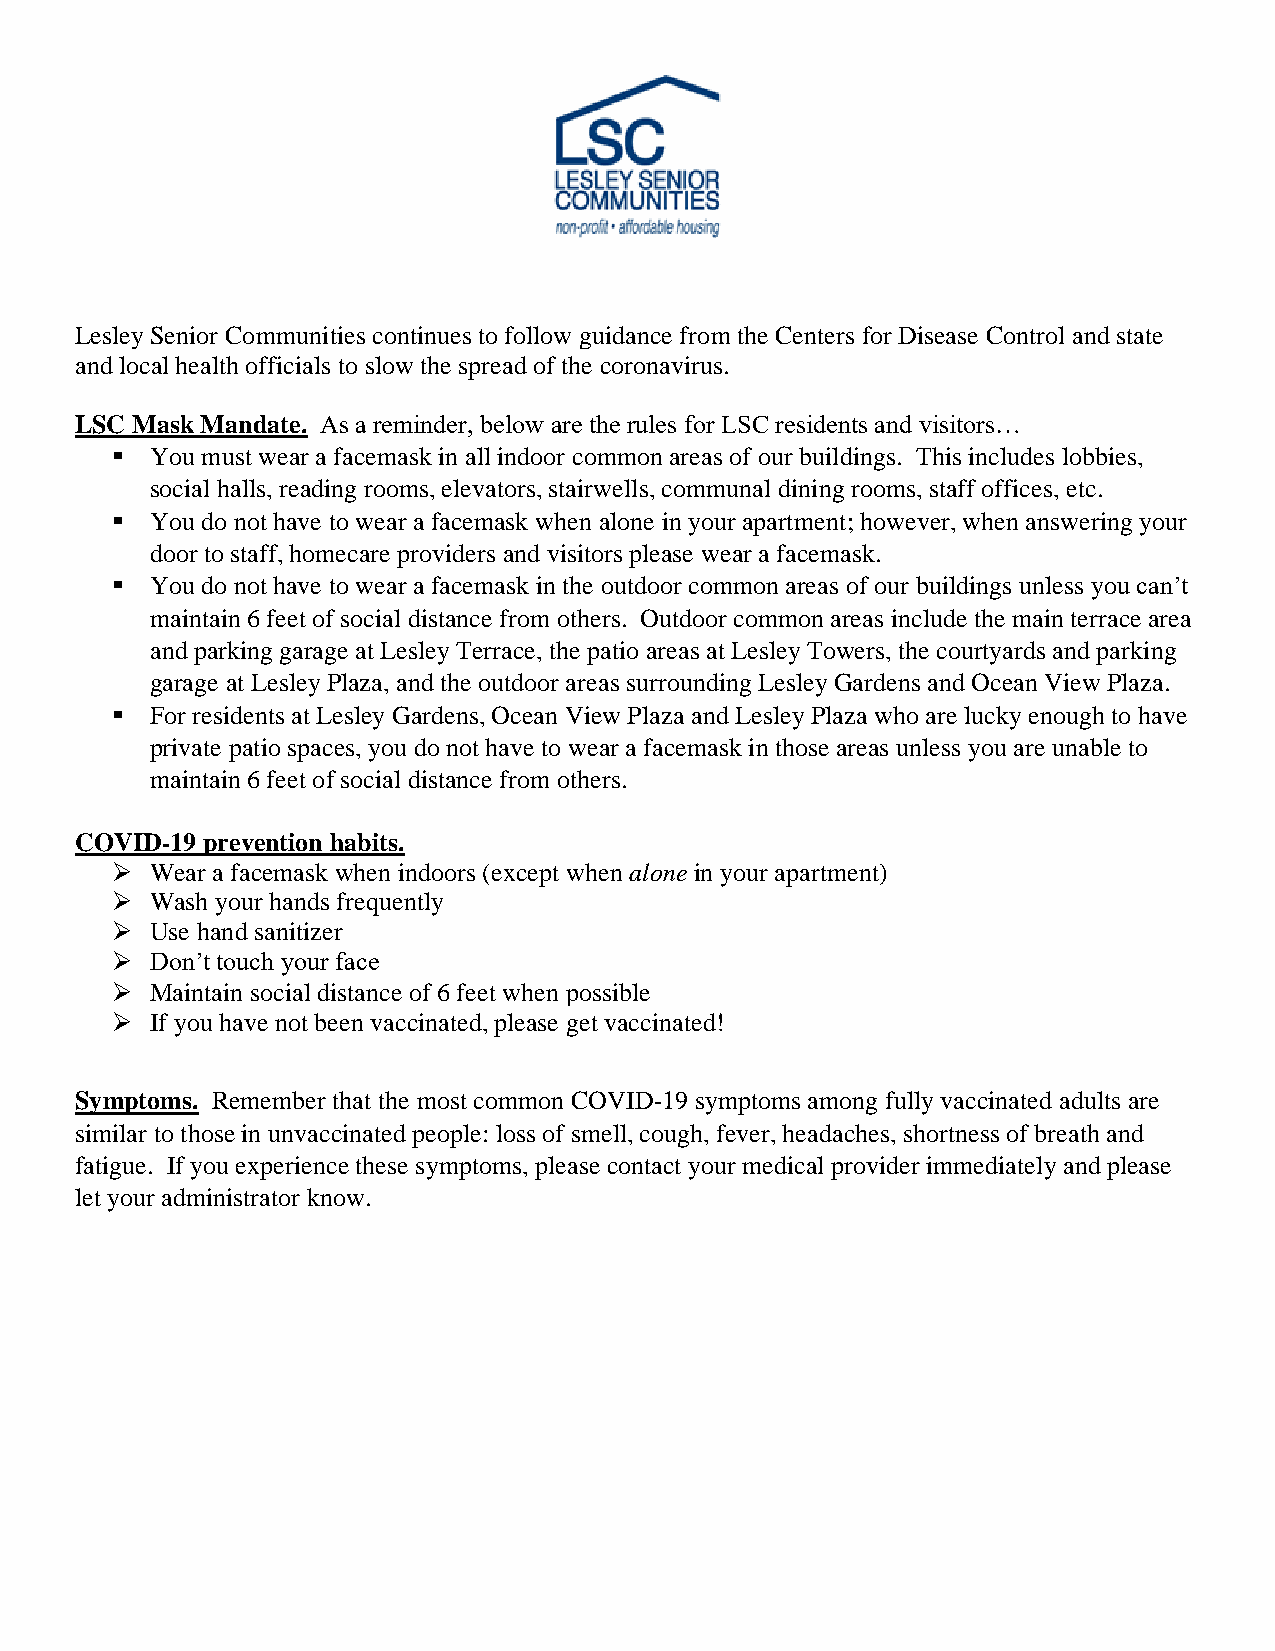
Lesley Senior Communities continues to follow guidance from the Centers for Disease Control and state
 and local health officials to slow the spread of the coronavirus.
 LSC Mask Mandate. As a reminder, below are the rules for LSC residents and visitors…
 ▪  You must wear a facemask in all indoor common areas of our buildings. This includes lobbies,
 social halls, reading rooms, elevators, stairwells, communal dining rooms, staff offices, etc.
 ▪  You do not have to wear a facemask when alone in your apartment; however, when answering your
 door to staff, homecare providers and visitors please wear a facemask.
 ▪  You do not have to wear a facemask in the outdoor common areas of our buildings unless you can’t
 maintain 6 feet of social distance from others. Outdoor common areas include the main terrace area
 and parking garage at Lesley Terrace, the patio areas at Lesley Towers, the courtyards and parking
 garage at Lesley Plaza, and the outdoor areas surrounding Lesley Gardens and Ocean View Plaza.
 ▪  For residents at Lesley Gardens, Ocean View Plaza and Lesley Plaza who are lucky enough to have
 private patio spaces, you do not have to wear a facemask in those areas unless you are unable to
 maintain 6 feet of social distance from others.
 COVID-19 prevention habits.
 ➢  Wear a facemask when indoors (except when alone in your apartment)
 ➢  Wash your hands frequently
 ➢  Use hand sanitizer
 ➢  Don’t touch your face
 ➢  Maintain social distance of 6 feet when possible
 ➢  If you have not been vaccinated, please get vaccinated!
 Symptoms. Remember that the most common COVID-19 symptoms among fully vaccinated adults are
 similar to those in unvaccinated people: loss of smell, cough, fever, headaches, shortness of breath and
 fatigue. If you experience these symptoms, please contact your medical provider immediately and please
 let your administrator know.